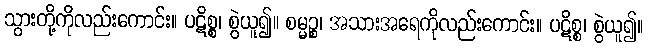
သွားတို့ကိုလည်းကောင်း။ ပဋိစ္စ၊ စွဲယူ၍။ စမ္မဉ္စ၊ အသားအရေကိုလည်းကောင်း။ ပဋိစ္စ၊ စွဲယူ၍။